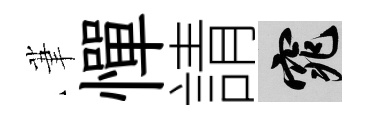
茟憚請窕